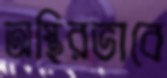
অস্থিরভাবে